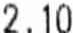
2.10